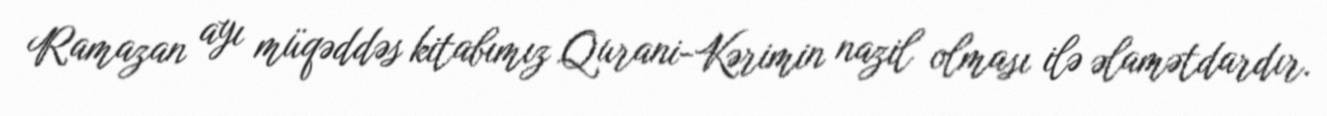
Ramazan ayı müqəddəs kitabımız Qurani-Kərimin nazil olması ilə əlamətdardır.